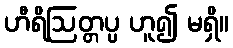
ဟီရိဩတ္တပ္ပ ဟူ၍ မရှိ။